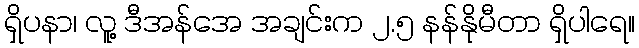
ရှိပနာ၊ လူ့ ဒီအန်အေ အချင်းက ၂.၅ နန်နိုမီတာ ရှိပါရေ။